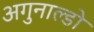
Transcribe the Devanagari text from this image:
अगुनाल्डो